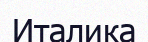
Италика